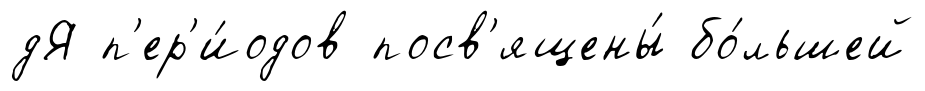
дЯ п'ер'и́одов посв'ящены́ бо́льшей